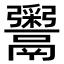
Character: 𬴹